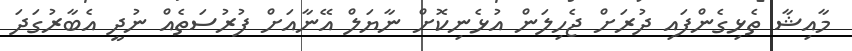
މާއިޝާ ތެޅިގެންފައި ދުރަށް ޖެހިލަން އުޅެނިކޮށް ނާޔަލް އޭނާއަށް ފުރުސަތެއް ނުދީ އެބާރުގަދަ